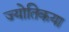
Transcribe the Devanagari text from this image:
ज्‍योतिकया